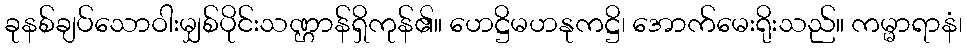
ခုနစ်ချပ်သောဝါးမျှစ်ပိုင်းသဏ္ဌာန်ရှိကုန်၏။ ဟေဋ္ဌိမဟနုကဋ္ဌိ၊ အောက်မေးရိုးသည်။ ကမ္မာရာနံ၊